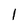
Character: l